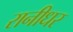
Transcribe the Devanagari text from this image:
रानीधर